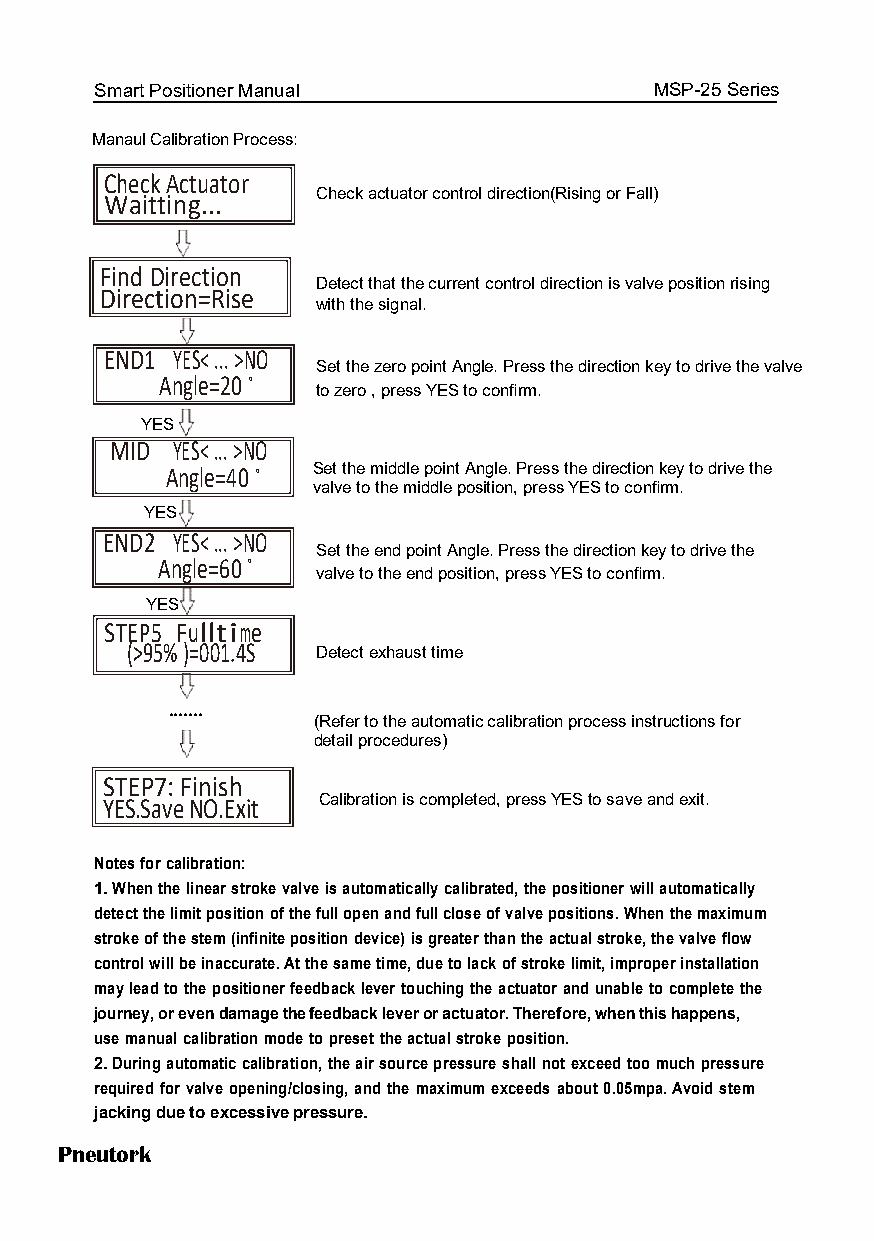
Smart Positioner Manual              MSP-25 Series
 Manaul Calibration Process:
 Check Actuator
 Check aaccttuuaattoorr ccoonnttrrooll ddiirreeccttiioonn((RRiissiinngg oorr FFaallll))
 Waitting...
 Find Direction
 DDeetteecctt tthhaatt tthhee ccuurrrreenntt ccoonnttrrooll ddiirreeccttiioonn iiss vvaallvvee ppoossiittiioonn rriissiinngg
 Direction=Rise
 with the signal.
 END1 YES< ... >NO
 SSeett tthhee zzeerroo ppooiinntt AAnnggllee.. PPrreessss tthhee ddiirreeccttiioonn kkeeyy ttoo ddrriivvee tthhee vvaallvvee
 Angle=20 o
 to zero , press YES to confirm.
 YES
 MID YES< ... >NO
 Angle=40 o SSeett tthhee mmiiddddllee ppooiinntt AAnnggllee.. PPrreessss tthhee ddiirreeccttiioonn kkeeyy ttoo ddrriivvee tthhee
 valve to the middle position, press YYEESS ttoo ccoonnfirm.
 YES
 END2 YES< ... >NO
 SSeett tthhee eenndd ppooiinntt AAnnggllee.. PPrreessss tthhee ddiirreeccttiioonn kkeeyy ttoo ddrriivvee tthhee
 Angle=60 o
 valve to the end position, press YES to confifirm.
 YES
 STEP5 Fulltime
 (>95% )=001.4S Detect exhaust time
 .......
 ((RReeffeerr ttoo tthhee aauuttoommaattiicc ccaalliibbrraattiioonn pprroocceessss iinnssttrruuccttiioonnss ffoorr
 detail procedures)
 STEP7: Finish
 YES.Save NO.Exit Calibration is completed, press YYEESS ttoo ssaavvee aanndd eexxiitt..
 Notes for calibration:
 1. When the linear stroke valve is automatically calibrated, the positioner wwiillll automatically
 detect the limit position of the full open and full close of valve positions. WWhheenn the maximum
 stroke of the stem (infinite position device) is greater than the actual ssttrrookkee,, the valve flow
 control will be inaccurate. At the same time, due to lack of stroke limit, iimmpprrooppeerr installation
 may lead to the positioner feedback lever touching the actuator and uunnaabbllee to complete the
 journey, or even damage the feedback lever or actuator. Therefore, wwhheenn this happens,
 use manual calibration mode to preset the actual stroke position.
 2. During automatic calibration, the air source pressure shall not exceed ttoooo much pressure
 required for valve opening/closing, and the maximum exceeds about 00..0055mmppaa.. Avoid stem
 jacking due to excessive pressure.
 Pneutork